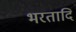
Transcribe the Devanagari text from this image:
भरतादि